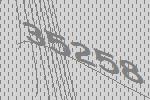
35258